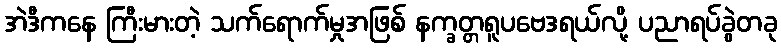
အဲဒီကနေ ကြီးမားတဲ့ သက်ရောက်မှုအဖြစ် နက္ခတ္တရူပဗေဒရယ်လို့ ပညာရပ်ခွဲတခု